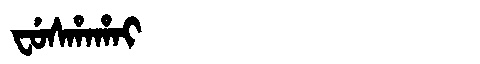
Manchu: ᠸᡠᠰᡥᠠᡥᠠᡳ
Romanization: FUSHAHAI